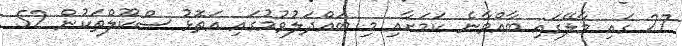
27 ގައި މާލޭގައި ބާއްވާނެ ކަމަށާއި މި ބައްދަލުވުމުގައި އަތޮޅު ސްކޫލްތަކުން 52